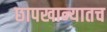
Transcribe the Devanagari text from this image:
छापखान्यातच